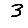
Digit: 3